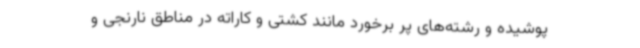
پوشیده و رشته‌های پر برخورد مانند کشتی و کاراته در مناطق نارنجی و